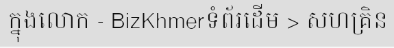
ក្នុងលោក - BizKhmerទំព័រដើម > សហគ្រិន